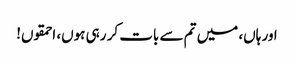
اور ہاں، میں تم سے بات کر رہی ہوں، احمقوں!